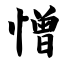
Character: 憎